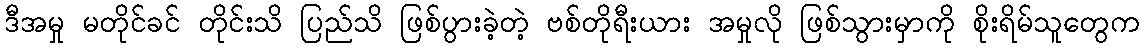
ဒီအမှု မတိုင်ခင် တိုင်းသိ ပြည်သိ ဖြစ်ပွားခဲ့တဲ့ ဗစ်တိုရီးယား အမှုလို ဖြစ်သွားမှာကို စိုးရိမ်သူတွေက